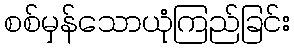
စစ်မှန်သောယုံကြည်ခြင်း